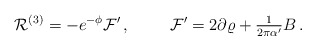
\begin{align*}{\cal R}^{(3)} = -e^{-\phi}{\cal F}^{\prime}\, ,\hspace{1cm}{\cal F}^{\prime} = 2\partial\varrho +{\textstyle\frac{1}{2\pi\alpha^{\prime}}}B\, .\end{align*}